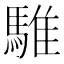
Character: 騅